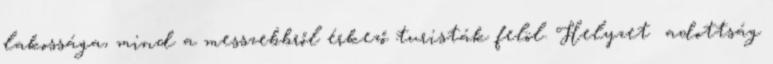
lakossága, mind a messzebbről érkező turisták felöl. Helyzet adottság